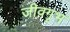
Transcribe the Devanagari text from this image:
जीवगृभ